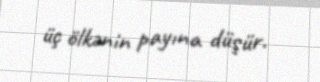
üç ölkənin payına düşür.